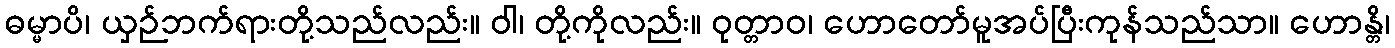
ဓမ္မာပိ၊ ယှဉ်ဘက်ရားတို့သည်လည်း။ ဝါ၊ တို့ကိုလည်း။ ဝုတ္တာဝ၊ ဟောတော်မူအပ်ပြီးကုန်သည်သာ။ ဟောန္တိ၊